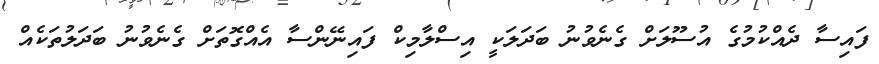
ފައިސާ ދެއްކުމުގެ އުސޫލަށް ގެނެވުނު ބަދަލަކީ އިސްލާމިކް ފައިނޭންސާ އެއްގޮތަށް ގެނެވުނު ބަދަލުތަކެއް